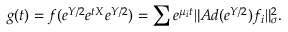
\displaystyle { g ( t ) = f ( e ^ { Y / 2 } e ^ { t X } e ^ { Y / 2 } ) = \sum e ^ { \mu _ { i } t } \| A d ( e ^ { Y / 2 } ) f _ { i } \| _ { \sigma } ^ { 2 } . }